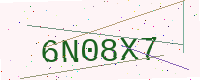
Text: 6N08X7